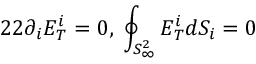
2 2 \partial _ { i } E _ { T } ^ { i } = 0 , \; \oint _ { S _ { \infty } ^ { 2 } } E _ { T } ^ { i } d S _ { i } = 0